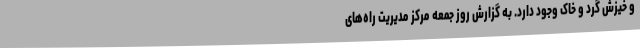
و خیزش گرد و خاک وجود دارد. به گزارش روز جمعه مرکز مدیریت راه‌های